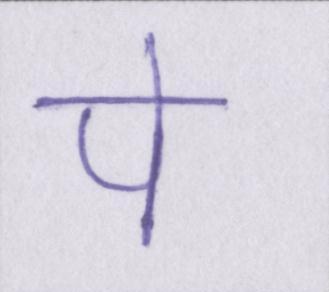
पे